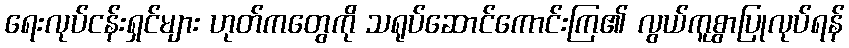
ရေးလုပ်ငန်းရှင်များ ဟုတ်ကတွေကို သရုပ်ဆောင်ကောင်းကြ၏ လွယ်ကူစွာပြုလုပ်ရန်